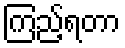
ကြည့်ရတာ